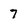
Character: 7